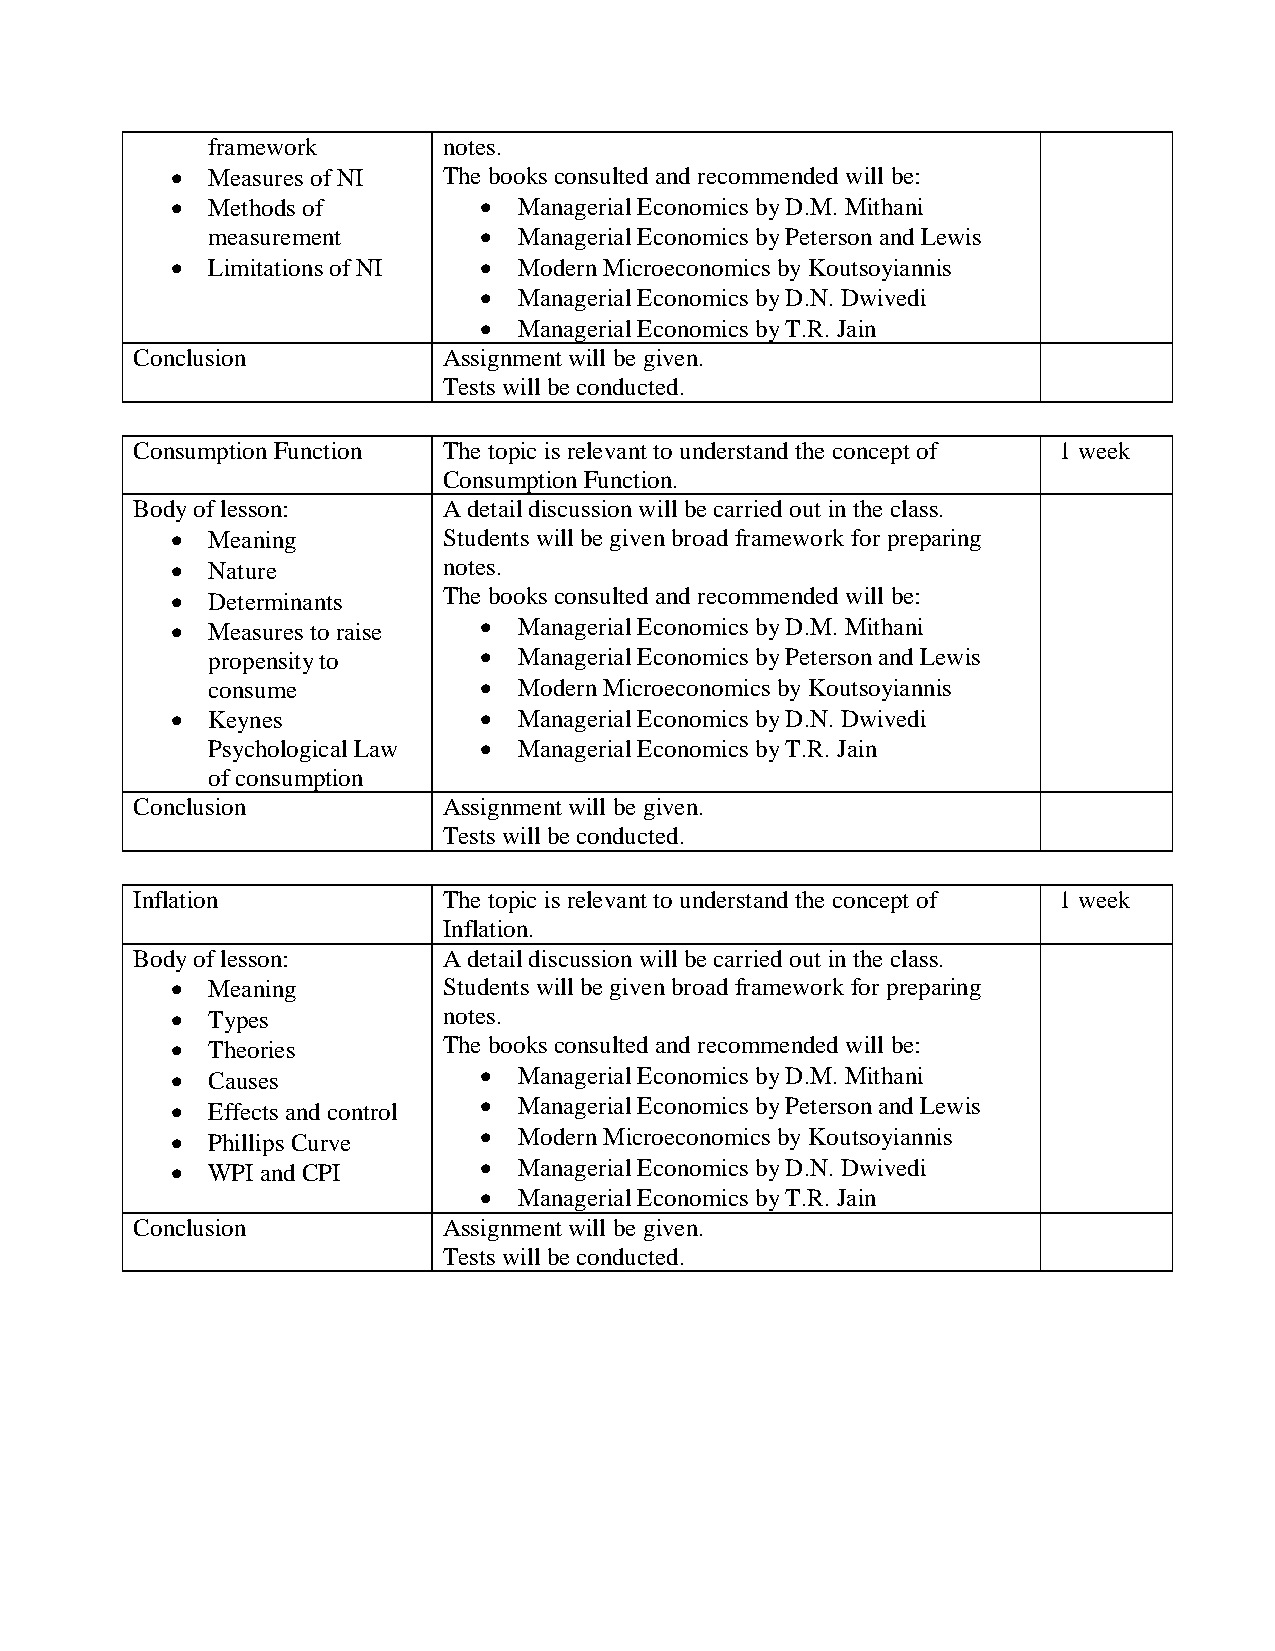
framework      notes.
   Measures of NI The books consulted and recommended will be:
   Methods of         Managerial Economics by D.M. Mithani
 measurement        Managerial Economics by Peterson and Lewis
   Limitations of NI  Modern Microeconomics by Koutsoyiannis
  Managerial Economics by D.N. Dwivedi
  Managerial Economics by T.R. Jain
 Conclusion          Assignment will be given.
 Tests will be conducted.
 Consumption Function The topic is relevant to understand the concept of 1 week
 Consumption Function.
 Body of lesson:     A detail discussion will be carried out in the class.
   Meaning        Students will be given broad framework for preparing
   Nature         notes.
   Determinants   The books consulted and recommended will be:
   Measures to raise  Managerial Economics by D.M. Mithani
 propensity to      Managerial Economics by Peterson and Lewis
 consume            Modern Microeconomics by Koutsoyiannis
   Keynes             Managerial Economics by D.N. Dwivedi
 Psychological Law  Managerial Economics by T.R. Jain
 of consumption
 Conclusion          Assignment will be given.
 Tests will be conducted.
 Inflation           The topic is relevant to understand the concept of 1 week
 Inflation.
 Body of lesson:     A detail discussion will be carried out in the class.
   Meaning        Students will be given broad framework for preparing
   Types          notes.
   Theories       The books consulted and recommended will be:
   Causes             Managerial Economics by D.M. Mithani
   Effects and control  Managerial Economics by Peterson and Lewis
   Phillips Curve     Modern Microeconomics by Koutsoyiannis
   WPI and CPI        Managerial Economics by D.N. Dwivedi
  Managerial Economics by T.R. Jain
 Conclusion          Assignment will be given.
 Tests will be conducted.